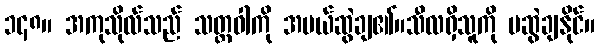
၁၄၈။ အကုသိုလ်သည် သတ္တဝါကို အပယ်ဆွဲချ၏။သီလရှိသူကို မဆွဲချနိုင်။